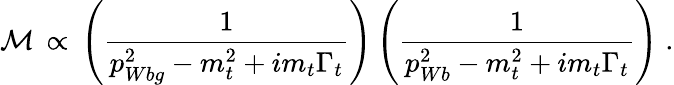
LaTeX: {\cal{M}}\, \propto\, \left({\frac{1}{p_{Wbg}^{2}-m_{t}^{2}+im_{t}\Gamma_{t}}}\right)\left({\frac{1}{p_{Wb}^{2}-m_{t}^{2}+im_{t}\Gamma_{t}}}\right)\; .